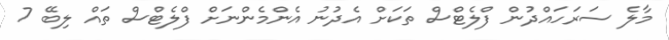
މާލެ ސަރަހަައްދުން ފްލެޓްސް ތަކަށް އެދުނު އެންމެންނަށް ފްލެޓްސް ތައް ލިބޭ 7